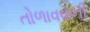
તોળાવવાની